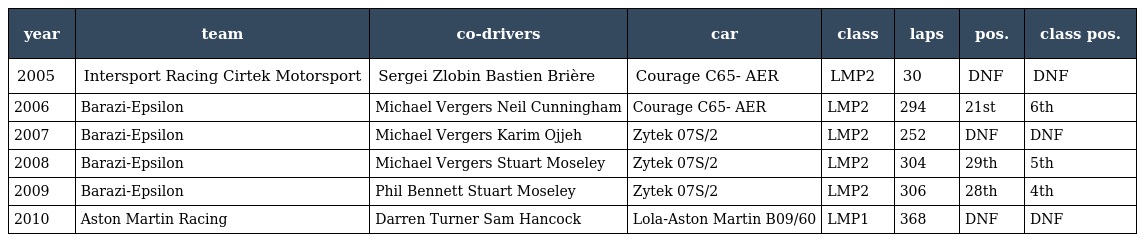
| year | team | co-drivers | car | class | laps | pos. | class pos. |
 | --- | --- | --- | --- | --- | --- | --- | --- |
 | 2005 | Intersport Racing Cirtek Motorsport | Sergei Zlobin Bastien Brière | Courage C65- AER | LMP2 | 30 | DNF | DNF |
 | 2006 | Barazi-Epsilon | Michael Vergers Neil Cunningham | Courage C65- AER | LMP2 | 294 | 21st | 6th |
 | 2007 | Barazi-Epsilon | Michael Vergers Karim Ojjeh | Zytek 07S/2 | LMP2 | 252 | DNF | DNF |
 | 2008 | Barazi-Epsilon | Michael Vergers Stuart Moseley | Zytek 07S/2 | LMP2 | 304 | 29th | 5th |
 | 2009 | Barazi-Epsilon | Phil Bennett Stuart Moseley | Zytek 07S/2 | LMP2 | 306 | 28th | 4th |
 | 2010 | Aston Martin Racing | Darren Turner Sam Hancock | Lola-Aston Martin B09/60 | LMP1 | 368 | DNF | DNF |